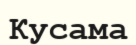
Кусама